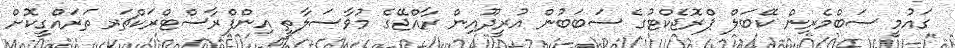
ގައުމީ ސަބްމެރިން ކޭބަލް ޕްރޮޖެކްޓުގެ ސަބަބުން އުރީދޫއިން ރާއްޖޭގެ މުވާސަލާތީ އިންފްރާސްޓްރަކްޗަރ ތަރައްގީކޮށް